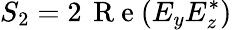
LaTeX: S_{2}=2\, \mathrm{~R~e~}(E_{y}E_{z}^{*})